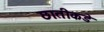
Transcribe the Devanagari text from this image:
छातीकडे